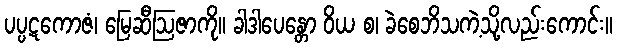
ပပ္ပဋကောဇံ၊ မြေဆီဩဇာကို။ ခါဒါပေန္တော ဝိယ စ၊ ခဲစေဘိသကဲ့သို့လည်းကောင်း။